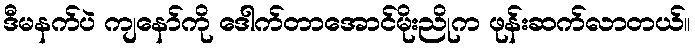
ဒီမနက်ပဲ ကျနော်ကို ဒေါက်တာအောင်မိုးညိုက ဖုန်းဆက်လာတယ်။